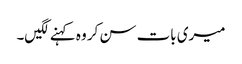
میری بات سن کر وہ کہنے لگیں۔